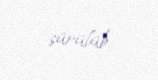
sürülüb.